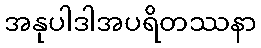
အနုပါဒါအပရိတဿနာ